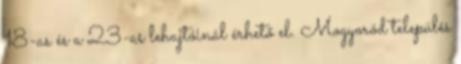
18-as és a 23-as lehajtóinál érhető el. Mogyoród település